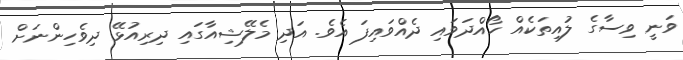
ވަނީ ވިސާގެ ލުއިތަކެއް ހޯއްދަވައި ދެއްވައިފަ އެވެ. އަދި މެލޭޝިއާގައި ދިރިއުޅޭ ދިވެހިންނަށް